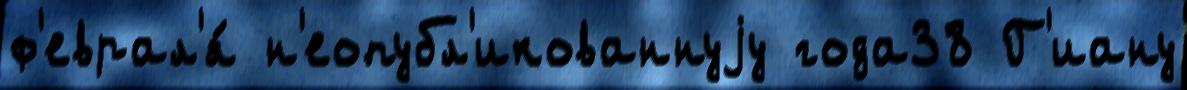
ф'еврал'я́ н'еопубл'икованнуjу года38 Г'иану